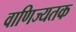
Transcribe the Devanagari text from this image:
वाणिज्यतक